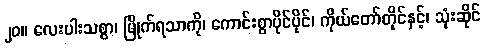
၂၀။ လေးပါးသစ္စာ၊ မြိုက်ရသာကို၊ ကောင်းစွာပိုင်ပိုင်၊ ကိုယ်တော်တိုင်နှင့်၊ သုံးဆိုင်